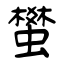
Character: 蠜